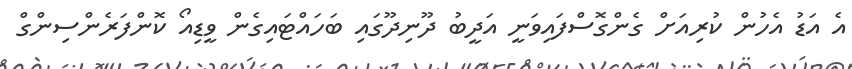
އެ އަޑު އެހުން ކުރިއަށް ގެންގޮސްފައިވަނީ އަދީބު ދޫނިދޫގައި ބަހައްޓައިގެން ވީޑިއޯ ކޮންފަރެންސިންގް